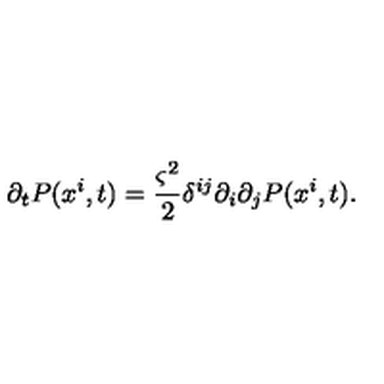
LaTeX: \partial _ { t } P ( x ^ { i } , t ) = \frac { \varsigma ^ { 2 } } { 2 } \delta ^ { i j } \partial _ { i } \partial _ { j } P ( x ^ { i } , t ) .